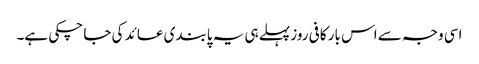
اسی وجہ سے اس بار کافی روز پہلے ہی یہ پابندی عائد کی جا چکی ہے۔